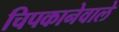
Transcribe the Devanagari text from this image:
चिपकानेवाले